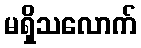
မရှိသလောက်